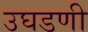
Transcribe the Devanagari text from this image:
उघडणी